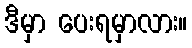
ဒီမှာ ပေးရမှာလား။